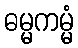
ဓမ္မကမ္မံ